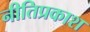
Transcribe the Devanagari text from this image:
नीतिप्रकाश